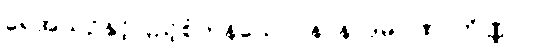
ရေအယဉ်နှင့်ပြည့်စုံကုန်သော။ နာနာဒုမဂဏာကိဏ္ဏာ၊